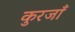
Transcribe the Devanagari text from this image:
कुरजाँ